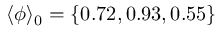
\langle \phi \rangle _ { 0 } = \{ 0 . 7 2 , 0 . 9 3 , 0 . 5 5 \}